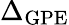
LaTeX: \Delta_{\mathrm{GPE}}